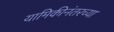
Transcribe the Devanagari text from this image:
यामिकीनंतरच्या